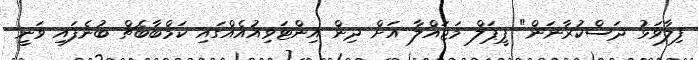
ފިލާވަޅު ދަސްކުރާނަން" ޕީޕަލް މަޖައްލާ އަށް ދިން އިންޓަވިއުއެއްގައި ކަމްބާބެޗް ބުނެފައި ވަނީ